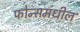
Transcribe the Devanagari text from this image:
फोन्समधील